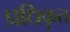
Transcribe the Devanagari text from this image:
प्रधिकृत